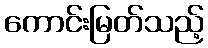
ကောင်းမြတ်သည့်